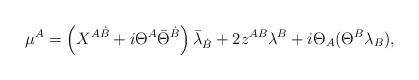
LaTeX: \begin{align*} \mu^{A} = \left( X^{A\dot{B}} + i \Theta^{A} \bar{\Theta}^{\dot{B}} \right) \bar{\lambda}{}_{{\dot{B}}}+ 2 z^{AB} \lambda^{B}+ i \Theta_{A} (\Theta^B \lambda_B ),\end{align*}